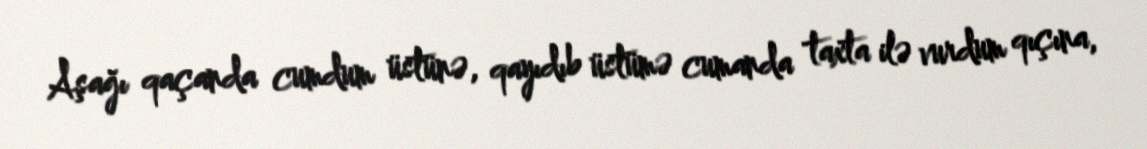
Aşağı qaçanda cumdum üstünə, qayıdıb üstümə cumanda taxta ilə vurdum qıçına,